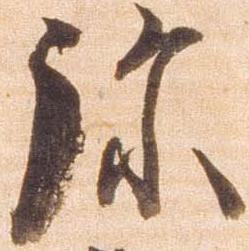
弥